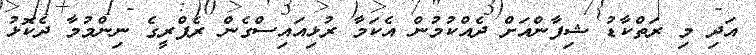
އަދި މި ރަތްކާޑު ޝިފާންއަށް ދެއްކުމުން އެކަމާ ރުޅިއައިސްގެން ރެފްރީގެ ނިންމުމާ ދެކޮޅު